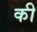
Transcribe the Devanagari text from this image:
की